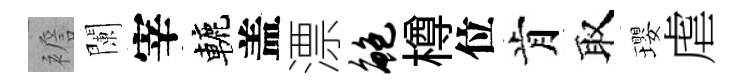
襜闌宰轆盖漂鲍樽位肯取瓔虐